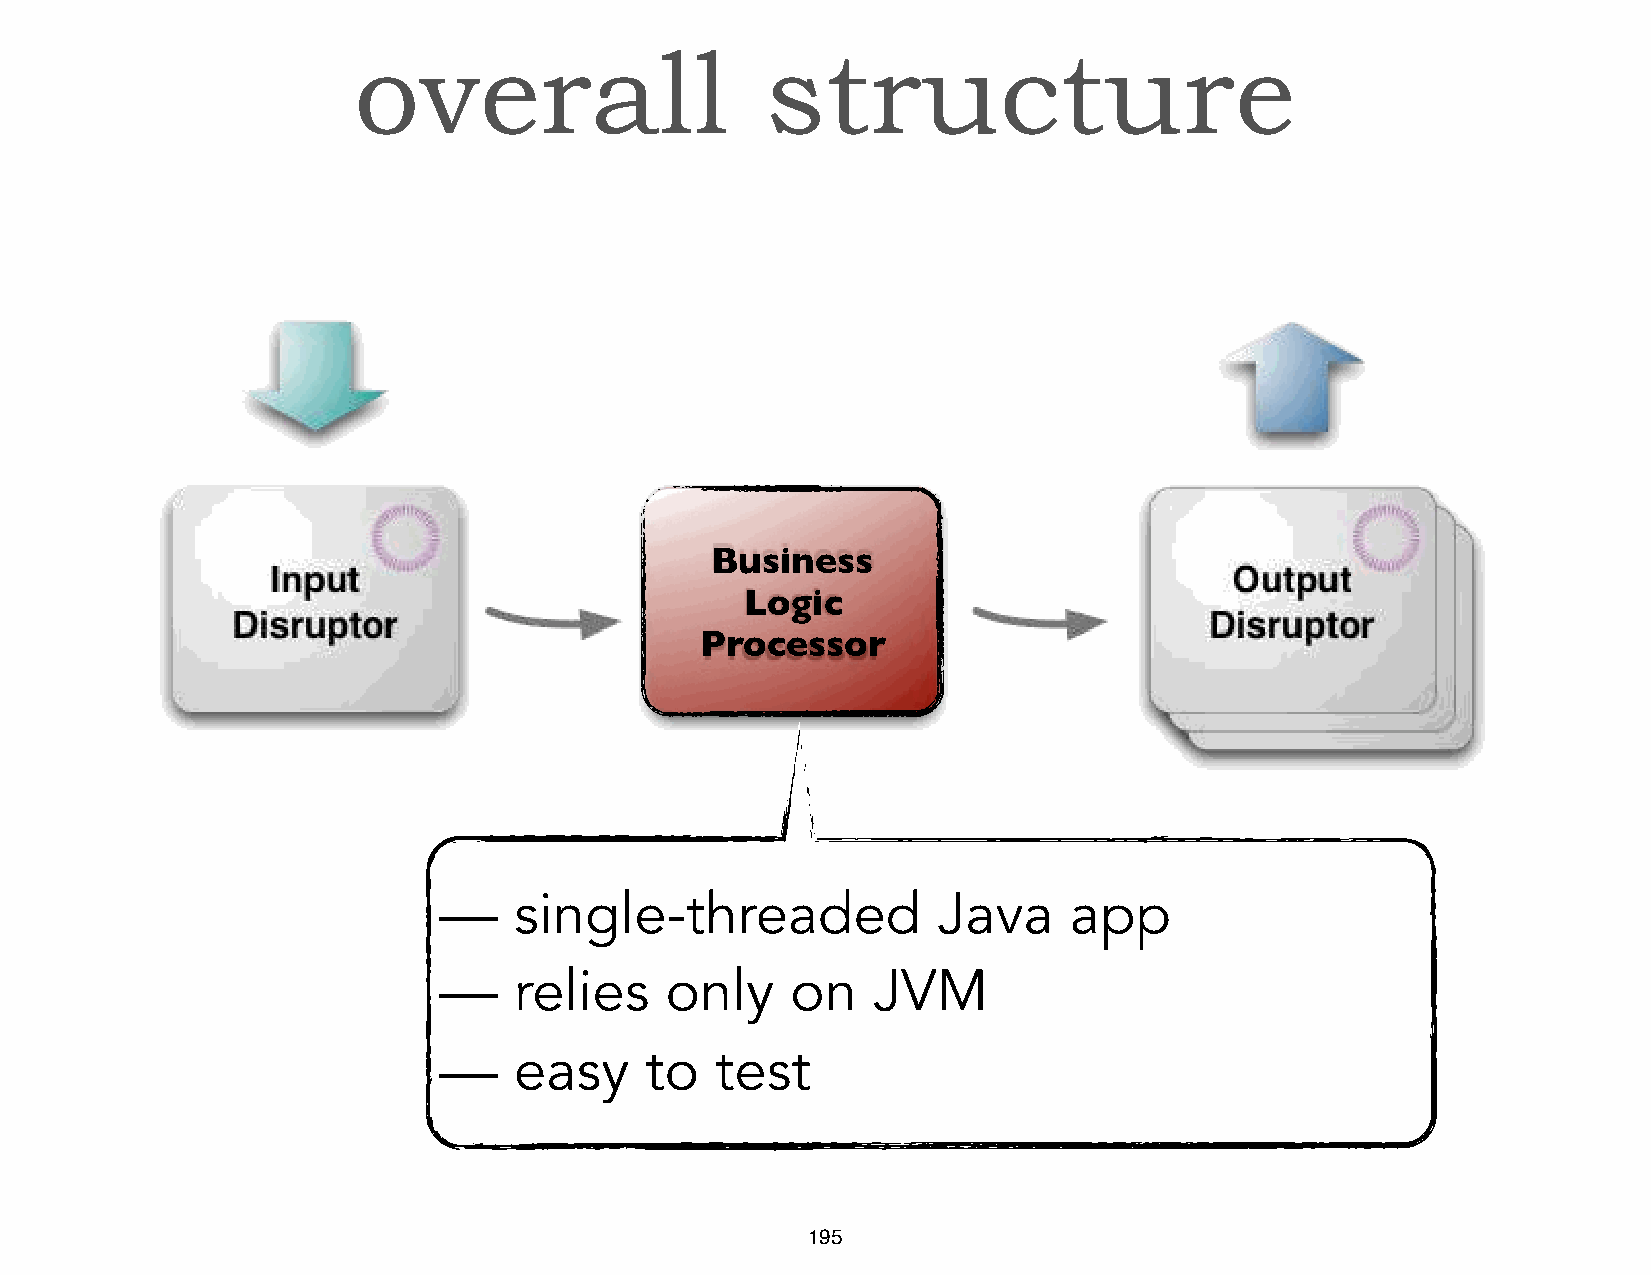
overall                     structure
 Business
 Logic
 Processor
 —    single-threaded             Java     app
 —    relies    only    on    JVM
 —    easy     to  test
 195